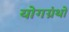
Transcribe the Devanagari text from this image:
योगग्रंथो